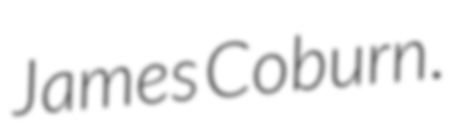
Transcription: James Coburn.